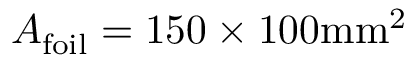
A _ { \mathrm { f o i l } } = 1 5 0 \times 1 0 0 \mathrm { m m } ^ { 2 }